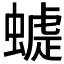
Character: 𧐪